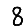
Digit: 8